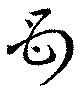
母